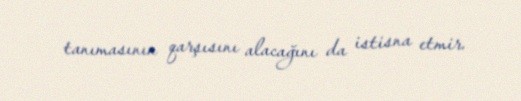
tanımasının qarşısını alacağını da istisna etmir.